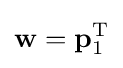
\mathbf {w} =\mathbf {p} _{1}^{\text{T}}